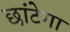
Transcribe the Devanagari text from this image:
छांटेगा